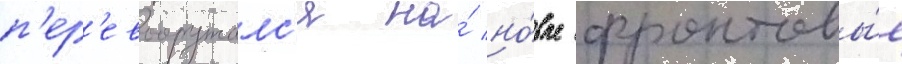
п'ер'евооружалс'я на́ но́вые фронтовы́е